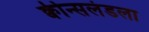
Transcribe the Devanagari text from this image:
क्वीन्सलंडला